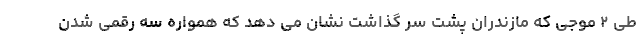
طی ۲ موجی که مازندران پشت سر گذاشت نشان می دهد که همواره سه رقمی شدن